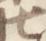
七